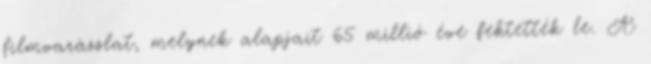
filmvarázslat, melynek alapjait 65 millió éve fektették le. A